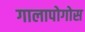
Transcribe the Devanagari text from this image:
गालापोगोस